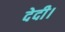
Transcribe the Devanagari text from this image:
देदी।